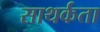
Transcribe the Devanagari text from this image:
साथर्कता